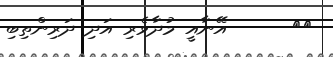
١٤      އޭނާއީ މުދާވެރި އަދި ދަރިންތިބި